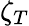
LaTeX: \zeta_{T}